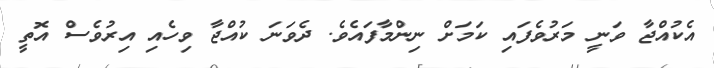
އެކުއްޖާ ވަނީ މަރުވެފައި ކަމަށް ނިންމާފައެވެ. ދެވަނަ ކުއްޖާ ވިހެއި އިރުވެސް އޮތީ